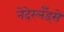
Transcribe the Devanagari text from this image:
नेदेरलँड्से